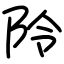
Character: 阾